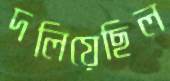
দলিয়েছিল